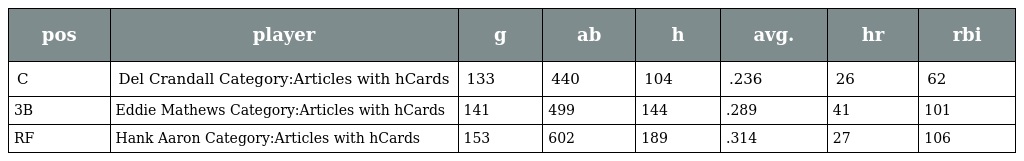
| pos | player | g | ab | h | avg. | hr | rbi |
 | --- | --- | --- | --- | --- | --- | --- | --- |
 | C | Del Crandall Category:Articles with hCards | 133 | 440 | 104 | .236 | 26 | 62 |
 | 3B | Eddie Mathews Category:Articles with hCards | 141 | 499 | 144 | .289 | 41 | 101 |
 | RF | Hank Aaron Category:Articles with hCards | 153 | 602 | 189 | .314 | 27 | 106 |